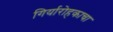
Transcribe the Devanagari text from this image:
गिर्यारोहकाचा